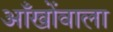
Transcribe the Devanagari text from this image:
आँखोंवाला